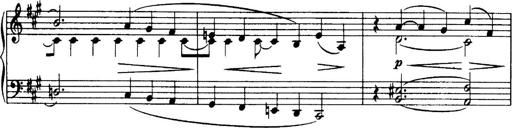
Title: 3 Sonatinas, Op.67
Composer: Jean Sibelius